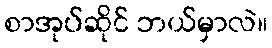
စာအုပ်ဆိုင် ဘယ်မှာလဲ။